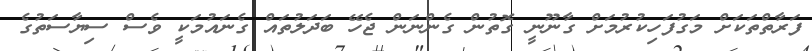
ފަރާތްތަކަށް މަގުފަހިކުރުމަށް ގާނޫނީ ގޮތުން ގެންނަން ޖެހޭ ބަދަލުތައް ގެނައުމަކީ ވެސް ސިޔާސަތުގެ